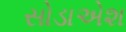
સોડાએશ